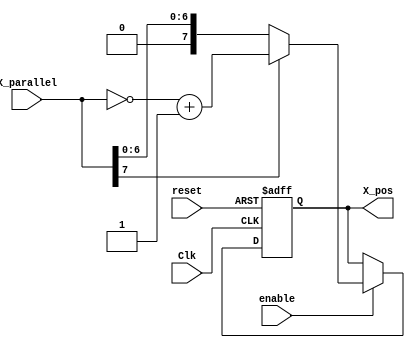
//Verilog HDL for "lab3", "suTwosComp" "verilog"


module suTwosComp #(parameter DATA_WIDTH = 8) (X_parallel, enable, reset, Clk, X_pos );
input [DATA_WIDTH-1:0] X_parallel;
input enable, reset, Clk;
output [DATA_WIDTH-1:0] X_pos;
reg [DATA_WIDTH-1:0] X_pos;

always @(posedge Clk or posedge reset)
	if (reset) begin //non-blocking statements
		X_pos = {DATA_WIDTH{1'b0}};
	end else if (enable) begin 
		if(X_parallel[DATA_WIDTH-1] == 1'b1) begin //Input is negative number
			X_pos = ~X_parallel;
			X_pos = X_pos + 1'b1; //Take 2's complement
		end else if (X_parallel[DATA_WIDTH-1] == 1'b0) begin //Input is positive number
			X_pos = X_parallel; //echo input
		end
	end

endmodule